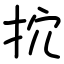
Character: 抭